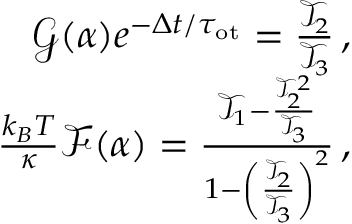
\begin{array} { r } { \mathcal { G } ( \alpha ) e ^ { - \Delta t / \tau _ { \mathrm { { o t } } } } = \frac { \mathcal { T } _ { 2 } } { \mathcal { T } _ { 3 } } \, , } \\ { \quad \quad \frac { k _ { B } T } { \kappa } \mathcal { F } ( \alpha ) = \frac { \mathcal { T } _ { 1 } - \frac { \mathcal { T } _ { 2 } ^ { 2 } } { \mathcal { T } _ { 3 } } } { 1 - \left( \frac { \mathcal { T } _ { 2 } } { \mathcal { T } _ { 3 } } \right) ^ { 2 } } \, , } \end{array}